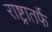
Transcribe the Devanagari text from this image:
राष्ट्रातर्फे